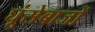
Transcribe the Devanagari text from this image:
घूंसेबाजों